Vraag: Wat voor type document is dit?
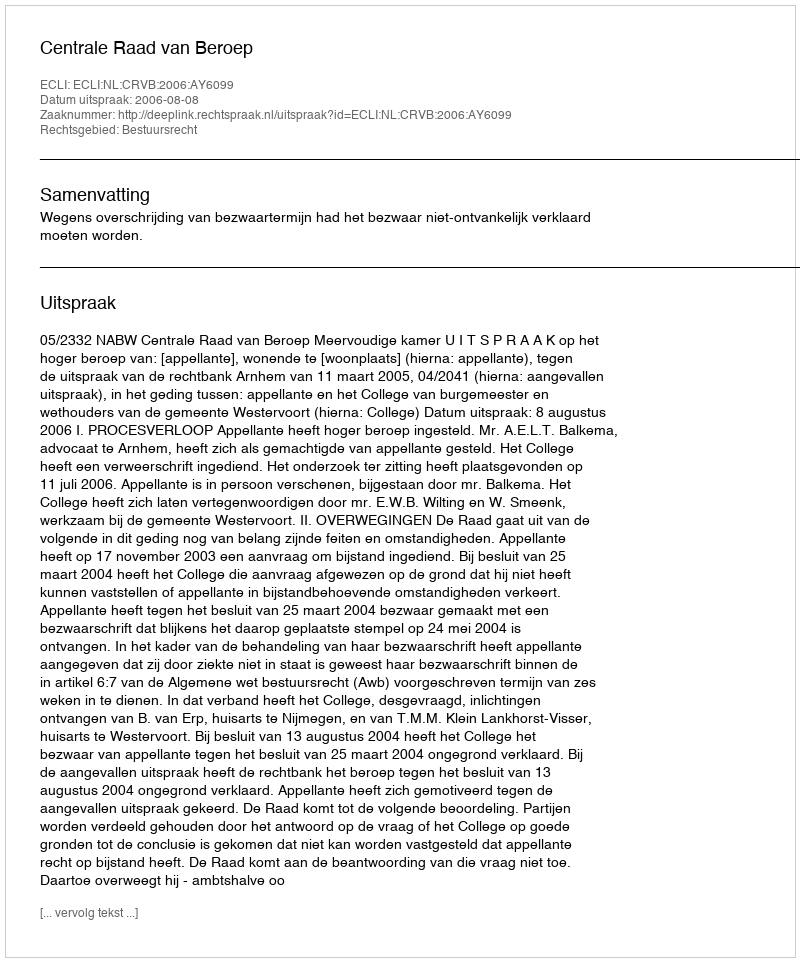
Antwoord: Uitspraak